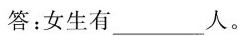
答：女生有_______________人。